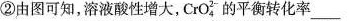
②由图可知，溶液酸性增大，CrO_{4}^{2-}的平衡转化率___